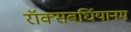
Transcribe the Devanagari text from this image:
रॉक्सबर्घियानम